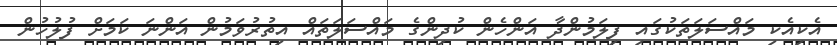
އެކިއެކި މައްސަލަތަކުގައި ފިލަމުންދާ އަންހެން ކުދިންގެ މައްސަލަތައް އިތުރުވަމުން އަންނަ ކަމަށް ފުލުހުން